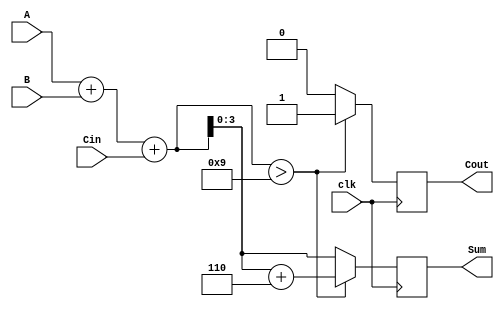
module BCD_Synchronous_Adder (
    input wire [3:0] A,      // First BCD digit (0-9)
    input wire [3:0] B,      // Second BCD digit (0-9)
    input wire clk,          // Clock signal
    input wire Cin,          // Carry input for multi-digit addition
    output reg [3:0] Sum,    // BCD output (sum)
    output reg Cout          // Carry output
);

    reg [4:0] S;             // 5-bit sum to accommodate carry

    always @(posedge clk) begin
        // Perform binary addition
        S = A + B + Cin; // Include carry input

        // Check if correction is needed
        if (S > 9) begin
            S = S + 6;    // Add 6 for BCD correction
            Cout = 1;     // Set carry out
        end else begin
            Cout = 0;     // No carry out
        end

        // Assign the lower 4 bits to the Sum output
        Sum = S[3:0];     // Assign the valid BCD result
    end

endmodule